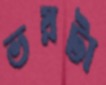
ভয়টা